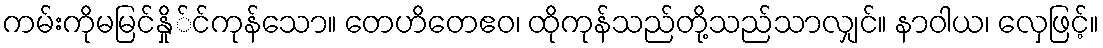
ကမ်းကိုမမြင်နှို်င်ကုန်သော။ တေဟိတေဧဝ၊ ထိုကုန်သည်တို့သည်သာလျှင်။ နာဝါယ၊ လှေဖြင့်။